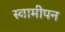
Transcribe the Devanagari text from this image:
स्वामीपन